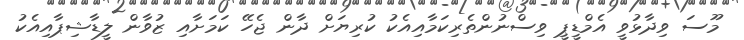
މޫސަ ވިދާޅުވީ އެމްޑީޕީ ވިސްނުންތެރިކަމާއިއެކު ކުރިޔަށް ދާން ޖެހޭ ކަަމަށާއި ޒުވާން ލީޑާޝިޕާއިއެކު